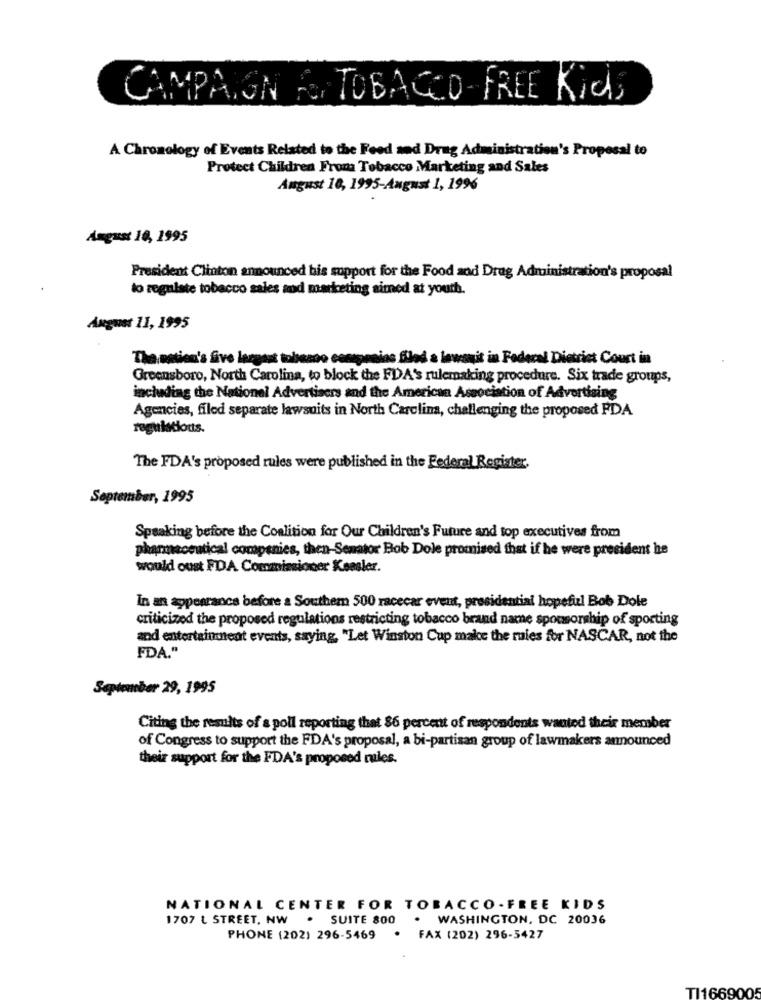
CAMPAIGN S TOBACCO FREE Kids
A Chronology of Events Related to the Food and Drug Administration's Proposal to
Protect Children From Tobacco Marketing and Sales
August 10, 1995-August 1, 1996
August 10, 1995
President Clinton announced his mpport for the Food and Drug Administration's proposal
to regulate tobacco sales mod marketing aimed at youth.
August 11, 1995
The nation's Sive largest tobezno compreias flod a lawsuit in Federal District Court in
Greensboro, North Carolina, to block the FDA's rulemaking procedure. Six trade groups,
including the Nationel Advertisers and the American Association of Advertising
Agencies, filed separate lawsuits in North Carolina, challenging the proposed FDA
The FDA's proposed rules were published in the Federal Register.
September, 1995
Speaking before the Coalition for Our Children's Future and top executives from
pharmaceutical companies, then-Senator Bob Dole promised that if he were president he
would oust FDA Commissioner Kessler.
In an appearance before a Southem 500 racecar event, presidential hopeful Bob Dole
criticized the proposed regulations restricting tobacco brand name sponsorship of sporting
and entertainment events, saying, "Let Winston Cup make the rules for NASCAR, not the
FDA."
September 29, 1995
Citing the results of a poll reporting that 86 percent of respondents wanted their member
of Congress to support the FDA's proposal, a bi-partisan group of lawmakers announced
their support for the FDA's proposed rules.
NATIONAL CENTER FOR TOBACCO -FREE KIDS
1707 L STREET, NW . SUITE 800
. WASHINGTON, DC 20036
PHONE (202) 296-5469
FAX (202) 296-5427
TI16690